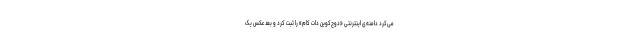
می‌کرد دامنه‌ی اینترنتی «دوج‌کوین دات کام» را ثبت کرد و بعد عکس یک